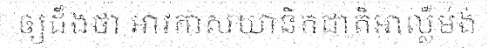
ឲ្យដឹងថា អាវកាសយានិកជាតិអាល្លឺម៉ង់